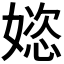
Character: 𫱝